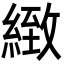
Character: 緻